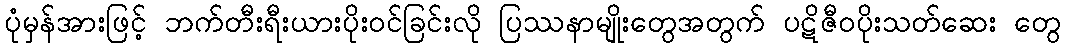
ပုံမှန်အားဖြင့် ဘက်တီးရီးယားပိုးဝင်ခြင်းလို ပြဿနာမျိုးတွေအတွက် ပဋိဇီဝပိုးသတ်ဆေး တွေ